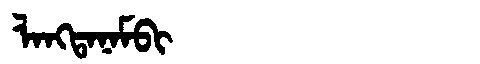
Manchu: ᠯᠠᠩᡨᠠᠨᠠᠮᠪᡳ
Romanization: LANGTANAMBI